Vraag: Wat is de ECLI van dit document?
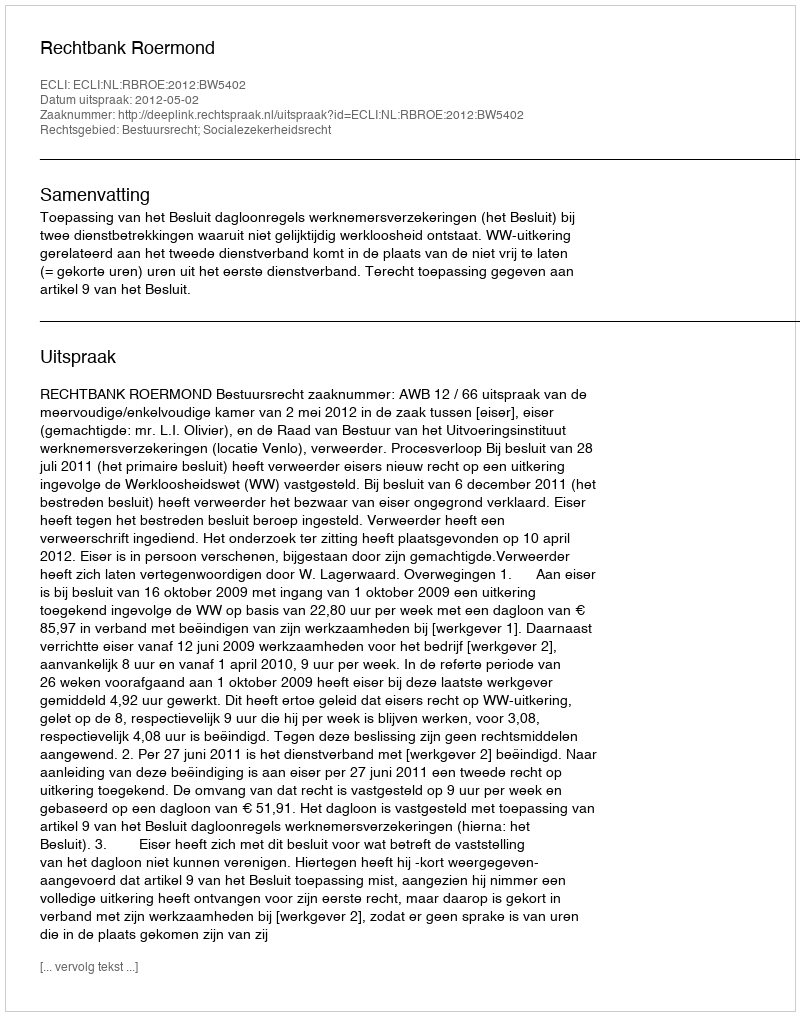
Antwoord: ECLI:NL:RBROE:2012:BW5402